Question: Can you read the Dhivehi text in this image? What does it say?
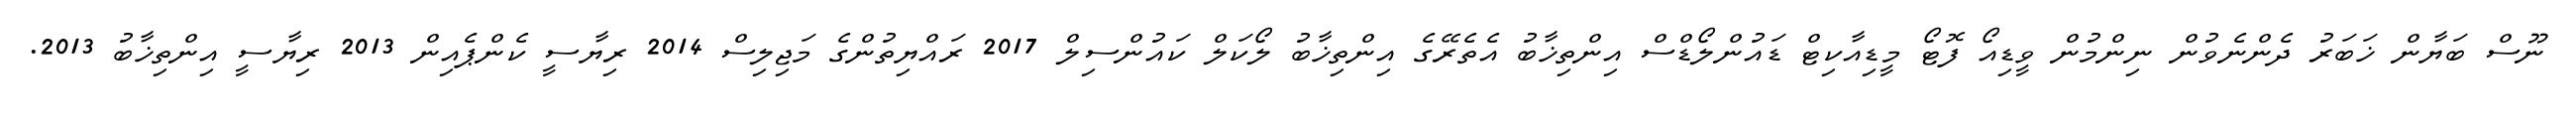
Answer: ނޫސް ބަޔާން ޚަބަރު ދެންނެވުން ނިންމުން ވީޑިއޯ ފޮޓޯ މީޑިއާކިޓް ޑައުންލޯޑްސް އިންތިޚާބު އެތެރޭގެ އިންތިޚާބު ލޯކަލް ކައުންސިލް 2017 ރައްޔިތުންގެ މަޖިލިސް 2014 ރިޔާސީ ކެންޕެއިން 2013 ރިޔާސީ އިންތިޚާބު 2013.